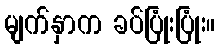
မျက်နှာက ခပ်ပြုံးပြုံး။